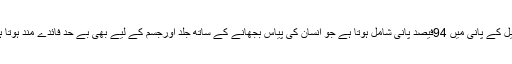
ناریل کے پانی میں 94فیصد پانی شامل ہوتا ہے جو انسان کی پیاس بجھانے کے ساتھ جلد اورجسم کے لیے بھی بے حد فائدے مند ہوتا ہے۔